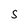
Character: S